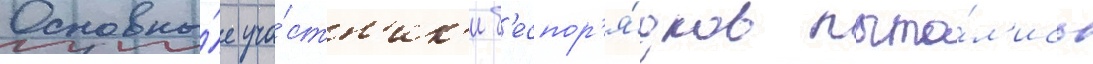
Основны́е уча́стн'ик'и б'еспор'я́дков пыта́л'ись